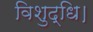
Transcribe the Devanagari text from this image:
विशुद्धि।